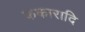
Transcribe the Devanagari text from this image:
ककारादि